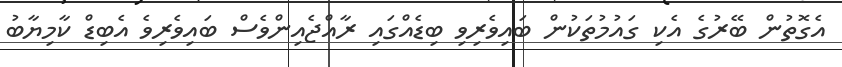
އެގޮތުން ބޭރުގެ އެކި ގައުުމުތަކުން ބައިވެރިވި ބިޑެއްގައި ރާއްޖެއިންވެސް ބައިވެރިވެ އެބިޑް ކާމިޔާބު